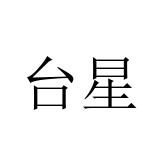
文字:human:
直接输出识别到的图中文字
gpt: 台星